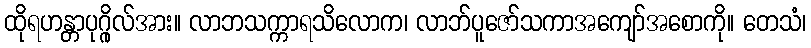
ထိုရဟန္တာပုဂ္ဂိုလ်အား။ လာဘသက္ကာရသိလောက၊ လာဘ်ပူဇော်သကာအကျော်အစောကို။ တေသံ၊